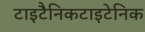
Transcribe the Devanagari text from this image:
टाइटैनिकटाइटेनिक